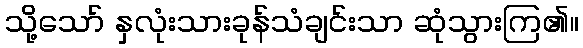
သို့သော် နှလုံးသားခုန်သံချင်းသာ ဆုံသွားကြ၏။